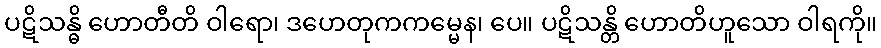
ပဋိသန္ဓိ ဟောတီတိ ဝါရော၊ ဒဟေတုကကမ္မေန၊ ပေ။ ပဋိသန္တိ ဟောတိဟူသော ဝါရကို။